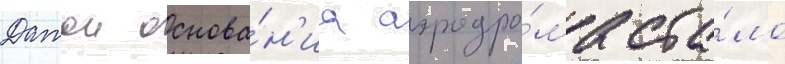
Датои основа́н'иа аэродро́ма ста́ло